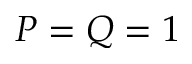
P = Q = 1